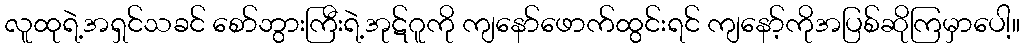
လူထုရဲ့အရှင်သခင် စော်ဘွားကြီးရဲ့အုဋ်ဂူကို ကျနော်ဖောက်ထွင်းရင် ကျနော့်ကိုအပြစ်ဆိုကြမှာပေါ့။